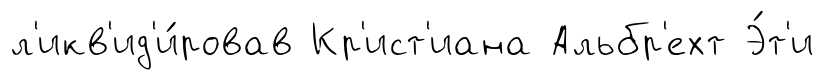
л'икв'ид'и́ровав Кр'ист'иана Альбр'ехт Э́т'и